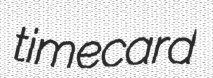
timecard